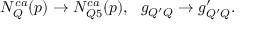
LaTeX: N _ { Q } ^ { c a } ( p ) \rightarrow N _ { Q 5 } ^ { c a } ( p ) , \ \ g _ { Q ^ { \prime } Q } \rightarrow g _ { Q ^ { \prime } Q } ^ { \prime } .